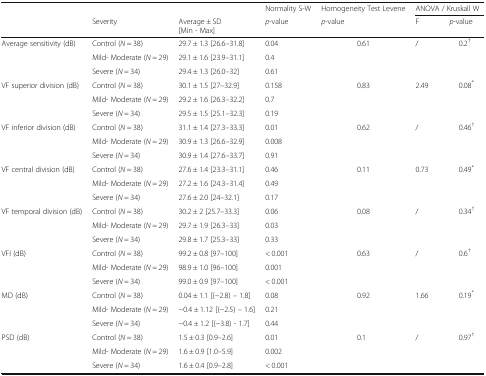
<table><thead><tr><td></td><td></td><td></td><td><b>Normality S-W</b></td><td><b>Homogeneity Test Levene</b></td><td colspan="2"><b>ANOVA / Kruskall W</b></td></tr><tr><td></td><td><b>Severity</b></td><td><b>Average ± SD[Min - Max]</b></td><td><b><i>p</i>-value</b></td><td><b><i>p</i>-value</b></td><td><b>F</b></td><td><b><i>p</i>-value</b></td></tr></thead><tbody><tr><td rowspan="3">Average sensitivity (dB)</td><td>Control (<i>N</i> = 38)</td><td>29.7 ± 1.3 [26.6–31.8]</td><td>0.04</td><td rowspan="3">0.61</td><td rowspan="3">/</td><td rowspan="3">0.2<sup>†</sup></td></tr><tr><td>Mild- Moderate (<i>N</i> = 29)</td><td>29.1 ± 1.6 [23.9–31.1]</td><td>0.4</td></tr><tr><td>Severe (<i>N</i> = 34)</td><td>29.4 ± 1.3 [26.0–32]</td><td>0.61</td></tr><tr><td rowspan="3">VF superior division (dB)</td><td>Control (<i>N</i> = 38)</td><td>30.1 ± 1.5 [27–32.9]</td><td>0.158</td><td rowspan="3">0.83</td><td rowspan="3">2.49</td><td rowspan="3">0.08<sup>*</sup></td></tr><tr><td>Mild- Moderate (<i>N</i> = 29)</td><td>29.2 ± 1.6 [26.3–32.2]</td><td>0.7</td></tr><tr><td>Severe (<i>N</i> = 34)</td><td>29.5 ± 1.5 [25.1–32.3]</td><td>0.19</td></tr><tr><td rowspan="3">VF inferior division (dB)</td><td>Control (<i>N</i> = 38)</td><td>31.1 ± 1.4 [27.3–33.3]</td><td>0.01</td><td rowspan="3">0.62</td><td rowspan="3">/</td><td rowspan="3">0.46<sup>†</sup></td></tr><tr><td>Mild- Moderate (<i>N</i> = 29)</td><td>30.9 ± 1.3 [26.6–32.9]</td><td>0.008</td></tr><tr><td>Severe (<i>N</i> = 34)</td><td>30.9 ± 1.4 [27.6–33.7]</td><td>0.91</td></tr><tr><td rowspan="3">VF central division (dB)</td><td>Control (<i>N</i> = 38)</td><td>27.6 ± 1.4 [23.3–31.1]</td><td>0.46</td><td rowspan="3">0.11</td><td rowspan="3">0.73</td><td rowspan="3">0.49<sup>*</sup></td></tr><tr><td>Mild- Moderate (<i>N</i> = 29)</td><td>27.2 ± 1.6 [24.3–31.4]</td><td>0.49</td></tr><tr><td>Severe (<i>N</i> = 34)</td><td>27.6 ± 2.0 [24–32.1]</td><td>0.17</td></tr><tr><td rowspan="3">VF temporal division (dB)</td><td>Control (<i>N</i> = 38)</td><td>30.2 ± 2 [25.7–33.3]</td><td>0.06</td><td rowspan="3">0.08</td><td rowspan="3">/</td><td rowspan="3">0.34<sup>†</sup></td></tr><tr><td>Mild- Moderate (<i>N</i> = 29)</td><td>29.7 ± 1.9 [26.3–33]</td><td>0.03</td></tr><tr><td>Severe (<i>N</i> = 34)</td><td>29.8 ± 1.7 [25.3–33]</td><td>0.33</td></tr><tr><td rowspan="3">VFI (dB)</td><td>Control (<i>N</i> = 38)</td><td>99.2 ± 0.8 [97–100]</td><td>&lt; 0.001</td><td rowspan="3">0.63</td><td rowspan="3">/</td><td rowspan="3">0.6<sup>†</sup></td></tr><tr><td>Mild- Moderate (<i>N</i> = 29)</td><td>98.9 ± 1.0 [96–100]</td><td>0.001</td></tr><tr><td>Severe (<i>N</i> = 34)</td><td>99.0 ± 0.9 [97–100]</td><td>&lt; 0.001</td></tr><tr><td rowspan="3">MD (dB)</td><td>Control (<i>N</i> = 38)</td><td>0.04 ± 1.1 [(−2.8) – 1.8]</td><td>0.08</td><td rowspan="3">0.92</td><td rowspan="3">1.66</td><td rowspan="3">0.19<sup>*</sup></td></tr><tr><td>Mild- Moderate (<i>N</i> = 29)</td><td>−0.4 ± 1.12 [(−2.5) – 1.6]</td><td>0.21</td></tr><tr><td>Severe (<i>N</i> = 34)</td><td>−0.4 ± 1.2 [(−3.8) - 1.7]</td><td>0.44</td></tr><tr><td rowspan="3">PSD (dB)</td><td>Control (<i>N</i> = 38)</td><td>1.5 ± 0.3 [0.9–2.6]</td><td>0.01</td><td rowspan="3">0.1</td><td rowspan="3">/</td><td rowspan="3">0.97<sup>†</sup></td></tr><tr><td>Mild- Moderate (<i>N</i> = 29)</td><td>1.6 ± 0.9 [1.0–5.9]</td><td>0.002</td></tr><tr><td>Severe (<i>N</i> = 34)</td><td>1.6 ± 0.4 [0.9–2.8]</td><td>&lt; 0.001</td></tr></tbody></table>